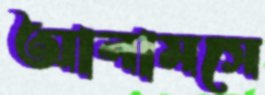
আলামসে